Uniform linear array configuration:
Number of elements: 64
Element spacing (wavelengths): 0.25
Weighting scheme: cosine
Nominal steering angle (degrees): -30
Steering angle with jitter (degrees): -29.064
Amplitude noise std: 0.05
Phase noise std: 0.05

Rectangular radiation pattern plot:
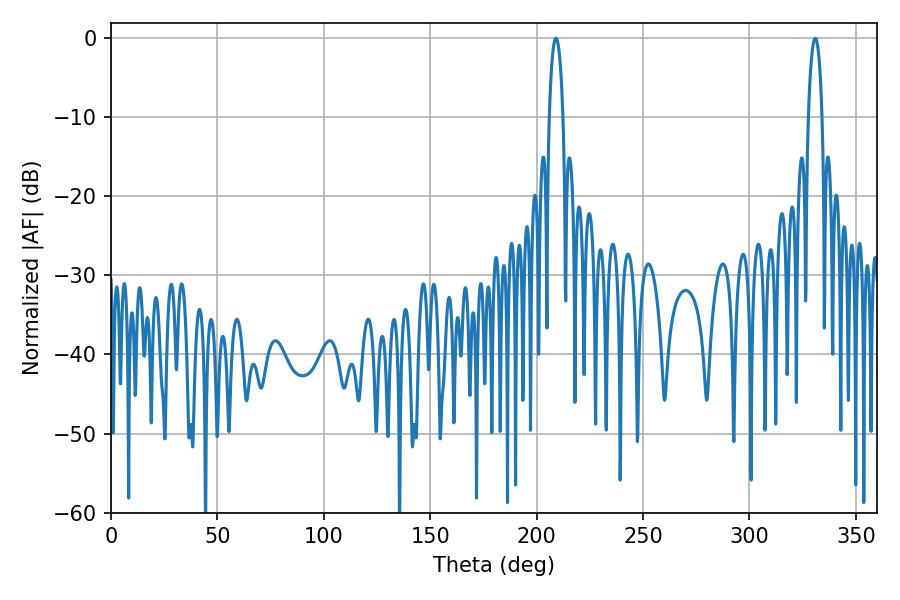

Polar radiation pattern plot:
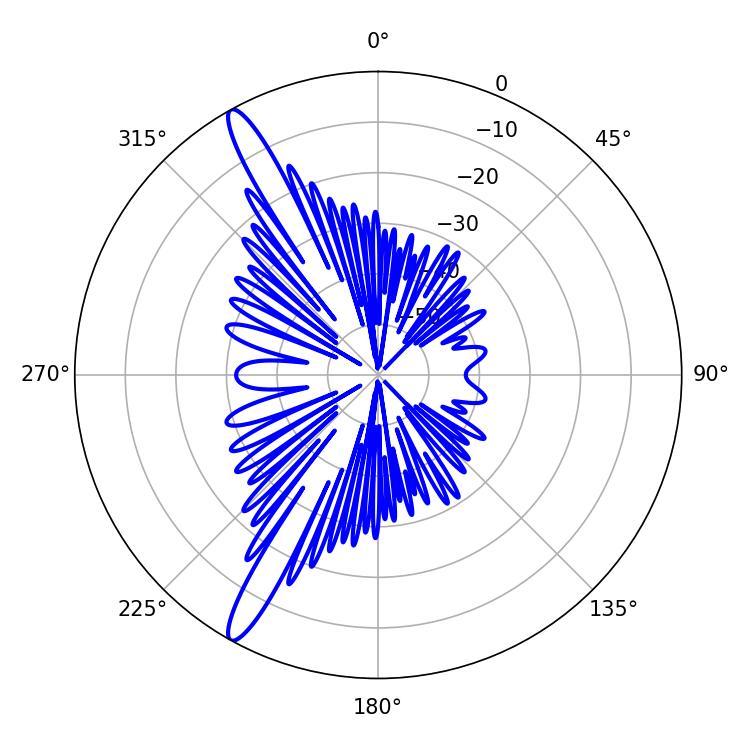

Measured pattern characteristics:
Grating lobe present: FALSE
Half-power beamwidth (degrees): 3.6
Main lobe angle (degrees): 330.84